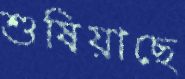
শুষিয়াছে